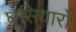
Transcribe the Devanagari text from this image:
घसियारों